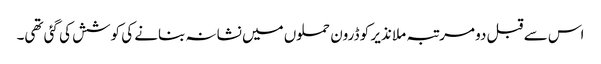
اس سے قبل دو مرتبہ ملا نذیر کو ڈرون حملوں میں نشانہ بنانے کی کوشش کی گئی تھی۔